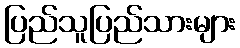
ပြည်သူပြည်သားများ